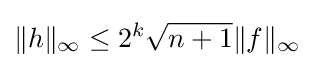
\|h\|_{\infty }\leq 2^{k}{\sqrt {n+1}}\|f\|_{\infty }